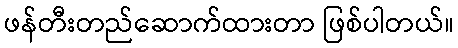
ဖန်တီးတည်ဆောက်ထားတာ ဖြစ်ပါတယ်။